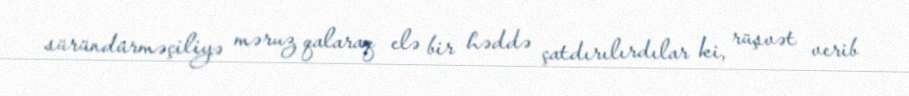
süründürməçiliyə məruz qalaraq elə bir həddə çatdırılırdılar ki, rüşvət verib